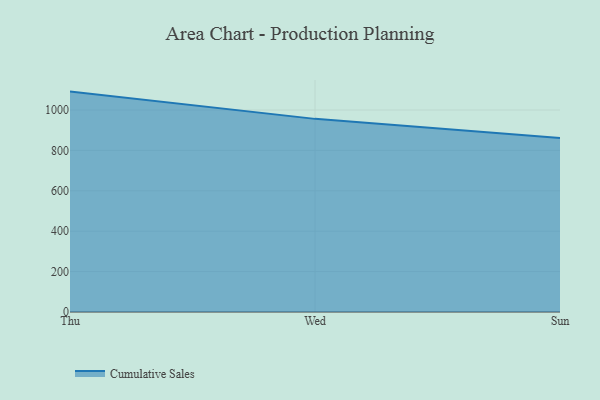
{"axis": {"x": "Day", "y": "Page Views"}, "legend": ["Cumulative Sales"], "data": [{"x": "Thu", "y": 1091.1, "type": "Cumulative Sales"}, {"x": "Wed", "y": 956.1, "type": "Cumulative Sales"}, {"x": "Sun", "y": 861.8, "type": "Cumulative Sales"}]}